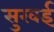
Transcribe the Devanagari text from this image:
सुखई